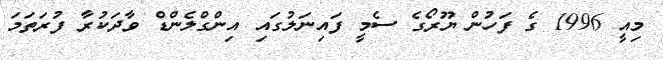
މިއީ 1996 ގެ ފަހުން ޔޫރޯގެ ސެމީ ފައިނަލުގައި އިންގްލެންޑް ވާދަކުރާ ފުރަތަމަ